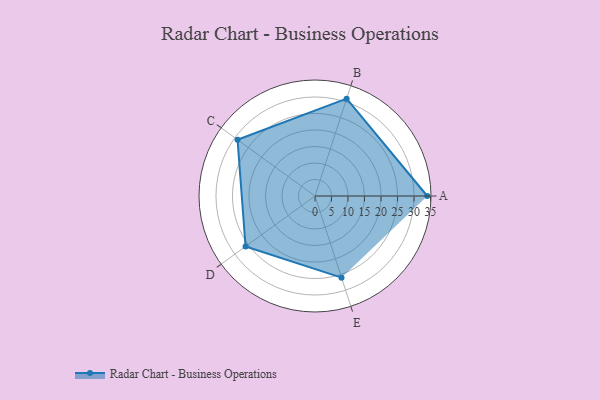
{"axis": {"x": "Skill", "y": "Score"}, "legend": ["Profile"], "data": [{"x": "A", "y": 34.0, "type": "Profile"}, {"x": "B", "y": 31.0, "type": "Profile"}, {"x": "C", "y": 29.0, "type": "Profile"}, {"x": "D", "y": 26.0, "type": "Profile"}, {"x": "E", "y": 26.0, "type": "Profile"}]}